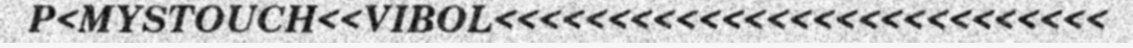
P<MYSTOUCH<<VIBOL<<<<<<<<<<<<<<<<<<<<<<<<<<<